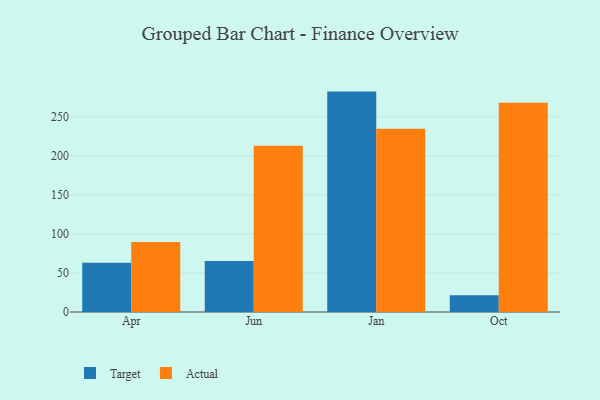
{"axis": {"x": "Month", "y": "Backlog"}, "legend": ["Actual", "Target"], "data": [{"x": "Apr", "y": 63.1, "type": "Target"}, {"x": "Apr", "y": 89.6, "type": "Actual"}, {"x": "Jun", "y": 65.3, "type": "Target"}, {"x": "Jun", "y": 212.8, "type": "Actual"}, {"x": "Jan", "y": 282.3, "type": "Target"}, {"x": "Jan", "y": 234.7, "type": "Actual"}, {"x": "Oct", "y": 21.4, "type": "Target"}, {"x": "Oct", "y": 268.1, "type": "Actual"}]}